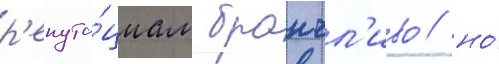
р'епута́циам бранчл'иво / но́